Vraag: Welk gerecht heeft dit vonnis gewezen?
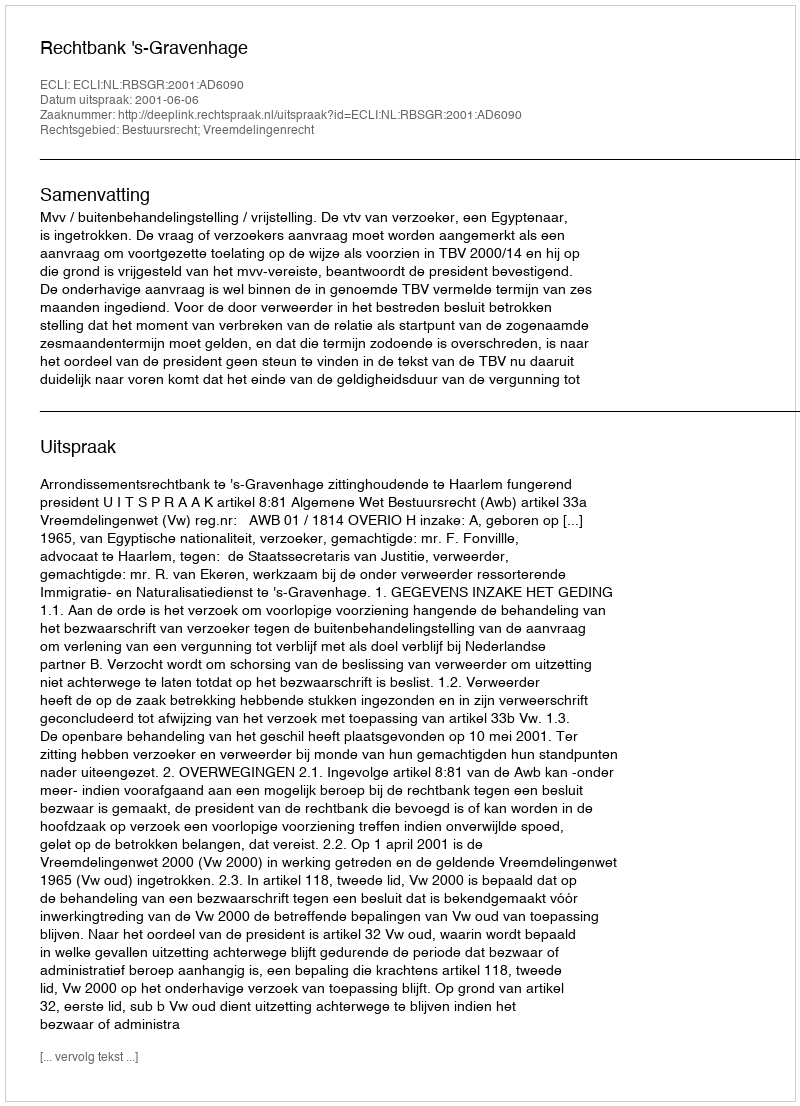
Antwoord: Rechtbank 's-Gravenhage